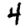
Digit: 4